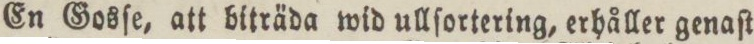
En Gosſe, att biträda wid ullſortering, erhåller genaſt